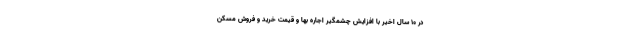
در ۱۰ سال اخیر با افزایش چشمگیر اجاره بها و قیمت خرید و فروش مسکن